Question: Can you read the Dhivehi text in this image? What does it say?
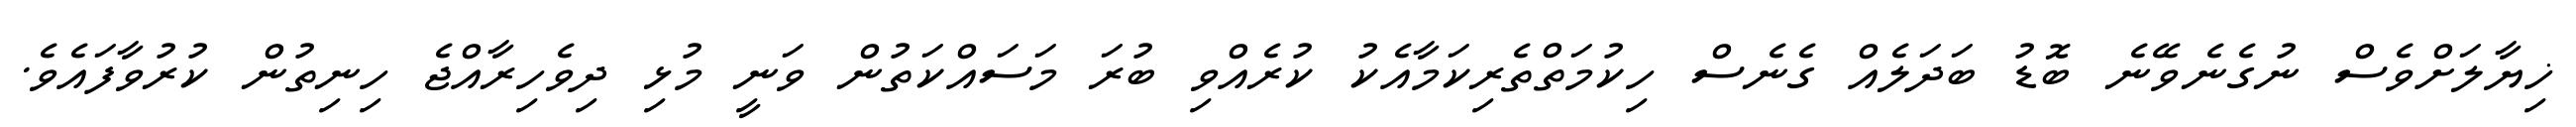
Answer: ޚިޔާލަށްވެސް ނުގެނެވޭނެ ބޮޑު ބަދަލެއް ގެނެސް ހިކުމަތްތެރިކަމާއެކު ކުރެއްވި ބުރަ މަސައްކަތުން ވަނީ މުޅި ދިވެހިރާއްޖެ ހިނިތުން ކުރުވާފައެވެ.